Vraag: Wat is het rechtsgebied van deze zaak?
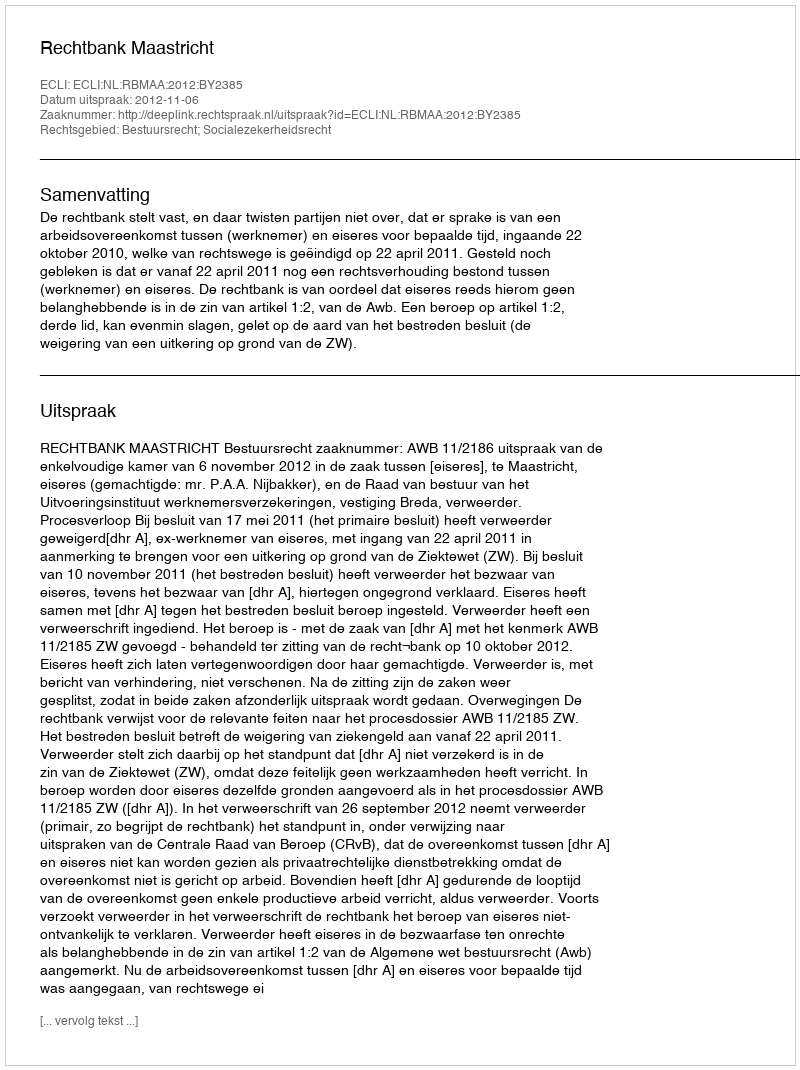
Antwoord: Bestuursrecht; Socialezekerheidsrecht